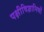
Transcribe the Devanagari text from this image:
पक्षीविज्ञानियों